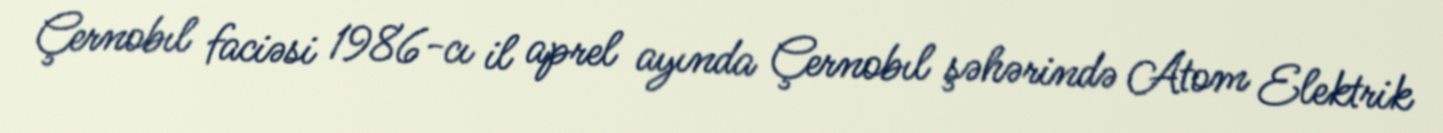
Çernobıl faciəsi 1986-cı il aprel ayında Çernobıl şəhərində Atom Elektrik